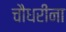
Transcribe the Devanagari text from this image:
चौधरींना